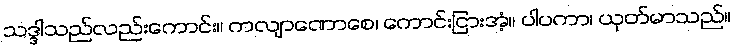
သဒ္ဒါသည်လည်းကောင်း။ ကလျာဏောစေ၊ ကောင်းငြားအံ့။ ပါပကာ၊ ယုတ်မာသည်။